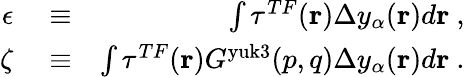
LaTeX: \begin{array}{rlr}{\epsilon}&{{}\equiv}&{\int\tau^{TF}(\mathbf{r})\Delta y_{\alpha}(\mathbf{r})d\mathbf{r}\ ,}\\ {\zeta}&{{}\equiv}&{\int\tau^{TF}(\mathbf{r})G^{\mathrm{yuk3}}(p,q)\Delta y_{\alpha}(\mathbf{r})d\mathbf{r}\ .}\end{array}